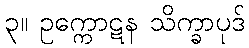
၃။ ဥက္ကောဋန သိက္ခာပုဒ်